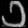
Digit: ၁